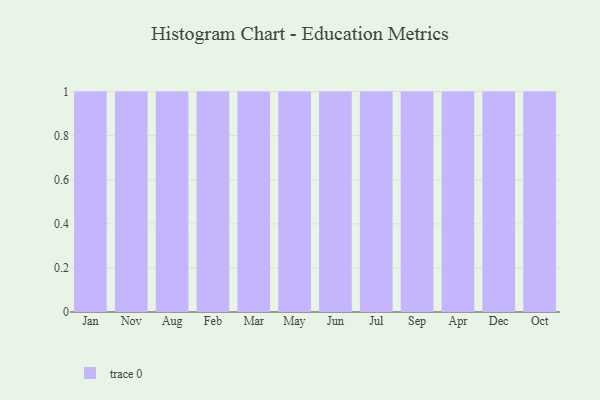
{"axis": {"x": "Month", "y": "Market Share (%)"}, "legend": [""], "data": [{"x": "Jan", "y": 54, "type": ""}, {"x": "Nov", "y": 45, "type": ""}, {"x": "Aug", "y": 82, "type": ""}, {"x": "Feb", "y": 38, "type": ""}, {"x": "Mar", "y": 69, "type": ""}, {"x": "May", "y": 44, "type": ""}, {"x": "Jun", "y": 13, "type": ""}, {"x": "Jul", "y": 87, "type": ""}, {"x": "Sep", "y": 89, "type": ""}, {"x": "Apr", "y": 64, "type": ""}, {"x": "Dec", "y": 86, "type": ""}, {"x": "Oct", "y": 9, "type": ""}]}